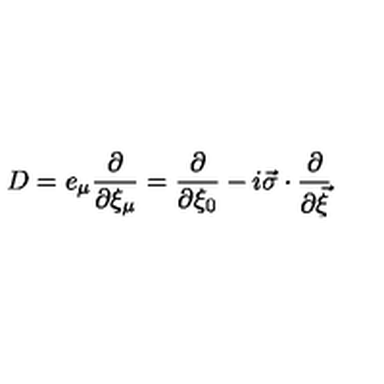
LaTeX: D = e _ { \mu } \frac { \partial } { \partial \xi _ { \mu } } = \frac { \partial } { \partial \xi _ { 0 } } - i \vec { \sigma } \cdot \frac { \partial } { \partial \vec { \xi } }